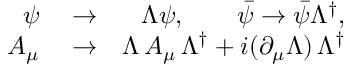
\begin{array} { r l r } { \psi } & { { } \to } & { \Lambda \psi , \qquad \bar { \psi } \to \bar { \psi } \Lambda ^ { \dagger } , } \\ { A _ { \mu } } & { { } \to } & { \Lambda \, A _ { \mu } \, \Lambda ^ { \dagger } + i ( \partial _ { \mu } \Lambda ) \, \Lambda ^ { \dagger } } \end{array}